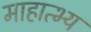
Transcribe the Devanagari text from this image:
माहात्भ्य